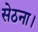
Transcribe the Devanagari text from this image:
सेठना।